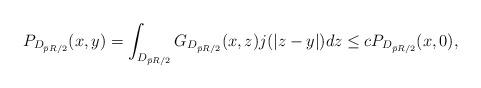
LaTeX: \begin{align*}P_{D_{\bar pR/2}}(x,y)=\int_{D_{\bar pR/2}}G_{D_{\bar pR/2}}(x,z)j(|z-y|)dz\le cP_{D_{\bar pR/2}}(x,0),\end{align*}